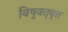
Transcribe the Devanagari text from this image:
विषुवत्‌वृत्त